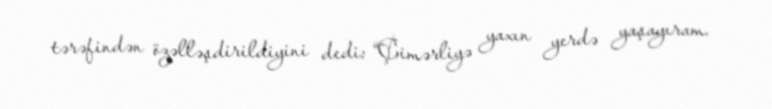
tərəfindən özəlləşdirildiyini dedi: “Çimərliyə yaxın yerdə yaşayıram.